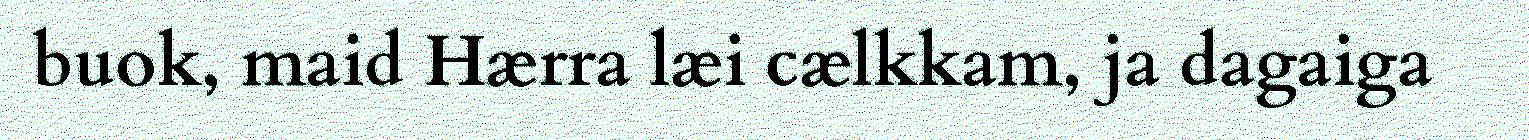
buok, maid Hærra læi cælkkam, ja dagaiga